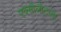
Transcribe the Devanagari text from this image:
एक्सोलोटल्स